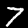
Label: 7